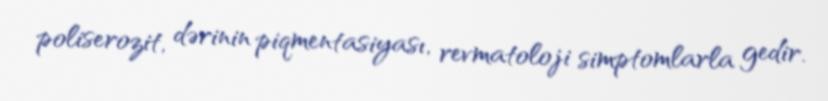
poliserozit, dərinin piqmentasiyası, revmatoloji simptomlarla gedir.